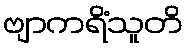
ဗျာကရိံသူတိ